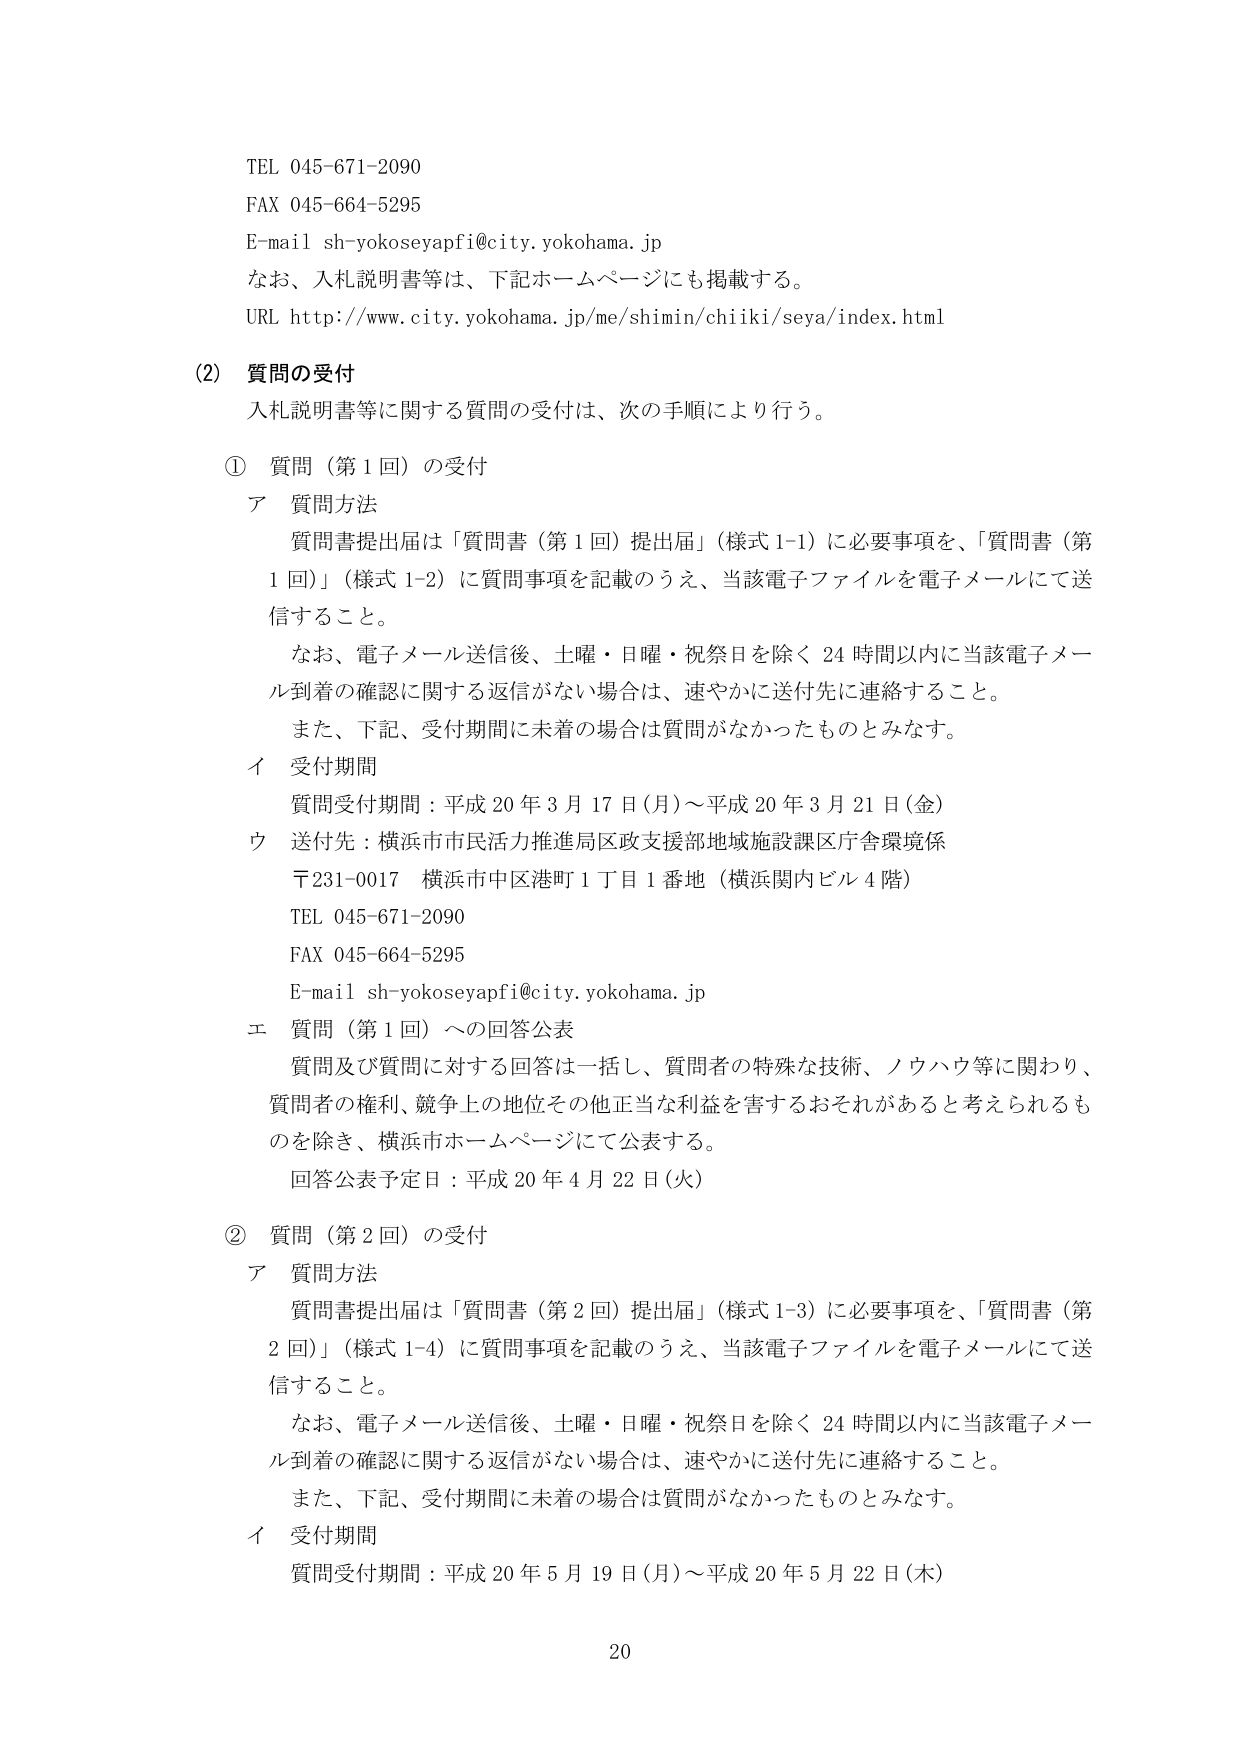
TEL 045-671-2090
FAX 045-664-5295
E-mail sh-yokoseyapfi@city.yokohama.jp
なお、入札説明書等は、下記ホームページにも掲載する。
URL http://www.city.yokohama.jp/me/shimin/chiiki/seya/index.html

(2) 質問の受付
入札説明書等に関する質問の受付は、次の手順により行う。

① 質問（第1回）の受付
ア 質問方法
質問書提出届は「質問書（第1回）提出届」（様式1-1）に必要事項を、「質問書（第1回）」（様式1-2）に質問事項を記載のうえ、当該電子ファイルを電子メールにて送信すること。
なお、電子メール送信後、土曜・日曜・祝祭日を除く24時間以内に当該電子メール到着の確認に関する返信がない場合は、速やかに送付先に連絡すること。
また、下記、受付期間に未着の場合は質問がなかったものとみなす。
イ 受付期間
質問受付期間：平成20年3月17日（月）～平成20年3月21日（金）
ウ 送付先：横浜市市民活力推進局区政支援部地域施設課区庁舎環境係
〒231-0017 横浜市中区港町1丁目1番地（横浜関内ビル4階）
TEL 045-671-2090
FAX 045-664-5295
E-mail sh-yokoseyapfi@city.yokohama.jp
エ 質問（第1回）への回答公表
質問及び質問に対する回答は一括し、質問者の特殊な技術、ノウハウ等に関わり、質問者の権利、競争上の地位その他正当な利益を害するおそれがあると考えられるものを除き、横浜市ホームページにて公表する。
回答公表予定日：平成20年4月22日（火）

② 質問（第2回）の受付
ア 質問方法
質問書提出届は「質問書（第2回）提出届」（様式1-3）に必要事項を、「質問書（第2回）」（様式1-4）に質問事項を記載のうえ、当該電子ファイルを電子メールにて送信すること。
なお、電子メール送信後、土曜・日曜・祝祭日を除く24時間以内に当該電子メール到着の確認に関する返信がない場合は、速やかに送付先に連絡すること。
また、下記、受付期間に未着の場合は質問がなかったものとみなす。
イ 受付期間
質問受付期間：平成20年5月19日（月）～平成20年5月22日（木）

20